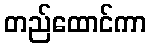
တည်ထောင်ကာ